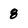
Character: 8